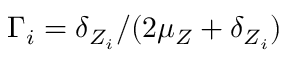
\Gamma _ { i } = \delta _ { Z _ { i } } / ( 2 \mu _ { Z } + \delta _ { Z _ { i } } )